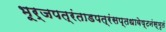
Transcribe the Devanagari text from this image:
भूर्जपत्रंताडपत्रंसप्तधावेष्टनंस्मृतं